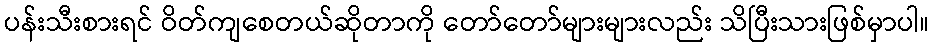
ပန်းသီးစားရင် ဝိတ်ကျစေတယ်ဆိုတာကို တော်တော်များများလည်း သိပြီးသားဖြစ်မှာပါ။